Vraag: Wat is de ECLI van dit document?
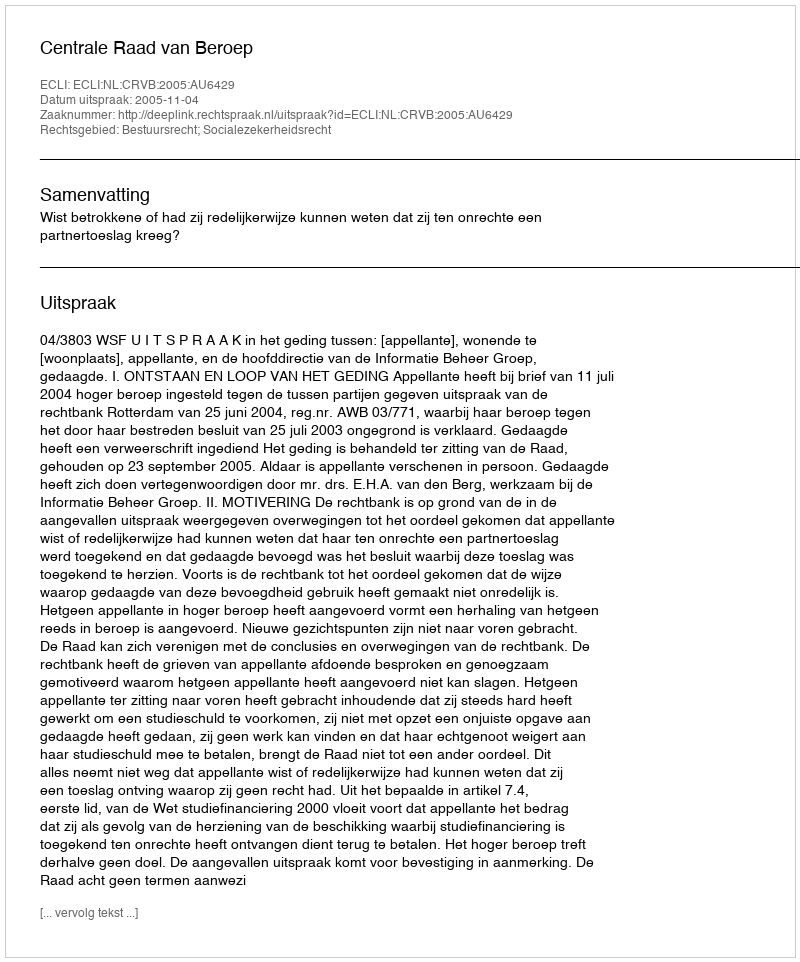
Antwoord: ECLI:NL:CRVB:2005:AU6429